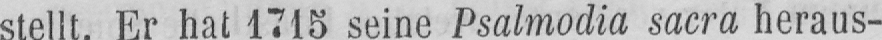
stellt. Er hat 1715 seine Psalmodia sacra heraus-